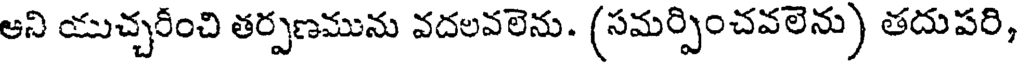
ఆని యుచ్చరీంచి తర్పణమును వదలవలెను. (సమర్పించవలెను) తదుపరి,